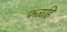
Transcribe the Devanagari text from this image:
फळहि